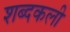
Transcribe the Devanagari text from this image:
शब्दकली